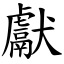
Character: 獻